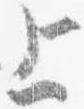
上